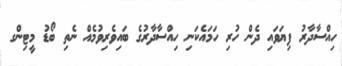
ހިއްސާދާރު ފިޔަވައި ދެން ހުރި ހަމައެކަނި ހިއްސާދާރުގެ ބައިވެރިވުމެއް ނެތި ބޯޑު މީޓިންގ